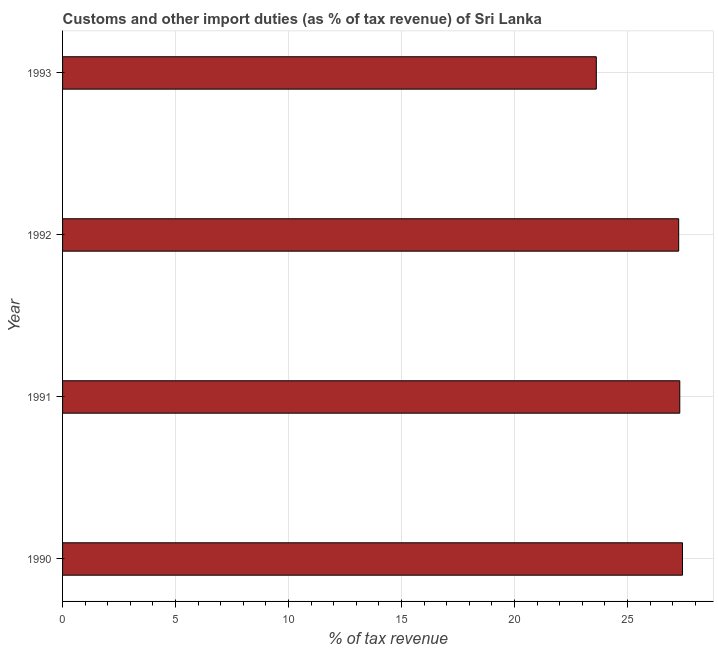
| Year | Customs and other import duties |
 | --- | --- |
 | 1990 | 27.4 |
 | 1991 | 27.3 |
 | 1992 | 27.3 |
 | 1993 | 23.6 |